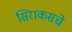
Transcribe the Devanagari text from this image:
सिराकसचे